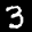
Label: 3